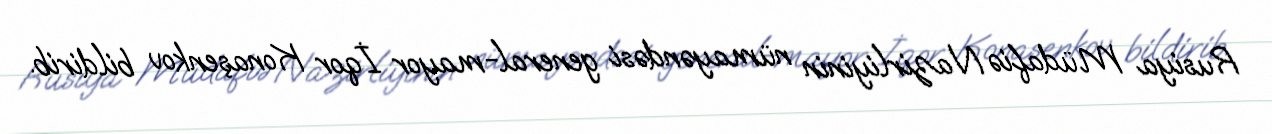
Rusiya Müdafiə Nazirliyinin nümayəndəsi general-mayor İqor Konaşenkov bildirib.